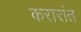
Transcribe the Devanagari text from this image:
करारांत